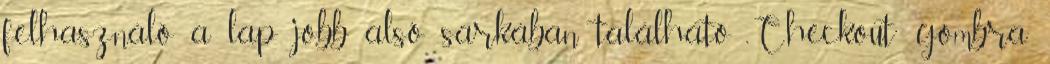
felhasználó a lap jobb alsó sarkában található „Checkout” gombra